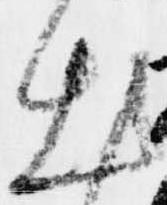
出